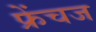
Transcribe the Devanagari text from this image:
फ्रेंचज